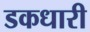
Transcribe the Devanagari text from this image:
डकधारी